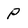
Character: p